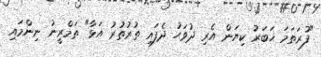
"ފުރަތަމަ ޚަބަރު ކިޔަން އެރި ދުވަހު ދެފައި ތުރުތުރު އަޅާ" ތަމްރީނު ނިންމައި